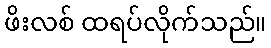
ဖိးလစ် ထရပ်လိုက်သည်။